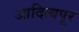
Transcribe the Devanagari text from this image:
आदित्यपूर